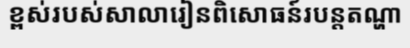
ខ្ពស់របស់សាលារៀនពិសោធន៍របន្តតណ្ហា